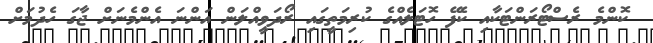
ކޮންމެ ރެސްޓޯރަންޓަކާއި ކެފޭ ހޮޓަލެއްގެ ކުރިމަތީގައި ރޯދަވީއްލަން އަންނަ އެންމެނަށް ޖާގަ ހެދުމަށް